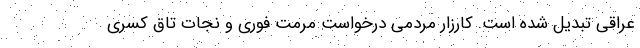
عراقی تبدیل شده است. کارزار مردمی درخواست مرمت فوری و نجات تاق کسری